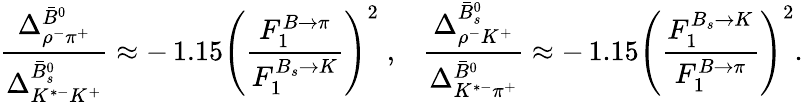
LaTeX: \frac{\Delta_{\rho^{-}\pi^{+}}^{\bar{B}^{0}}}{\Delta_{K^{*-}K^{+}}^{\bar{B}_{s}^{0}}}\approx-\, 1.15\left(\frac{F_{1}^{B\to\pi}}{F_{1}^{B_{s}\to K}}\right)^{2}\; ,\; \; \; \frac{\Delta_{\rho^{-}K^{+}}^{\bar{B}_{s}^{0}}}{\Delta_{K^{*-}\pi^{+}}^{\bar{B}^{0}}}\approx-\, 1.15\left(\frac{F_{1}^{B_{s}\to K}}{F_{1}^{B\to\pi}}\right)^{2}.